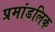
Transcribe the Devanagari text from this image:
प्रमांडलिक